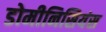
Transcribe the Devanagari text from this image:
डोमीनिसियंस